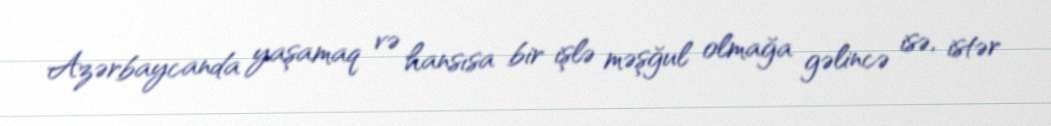
Azərbaycanda yaşamaq və hansısa bir işlə məşğul olmağa gəlincə isə, istər